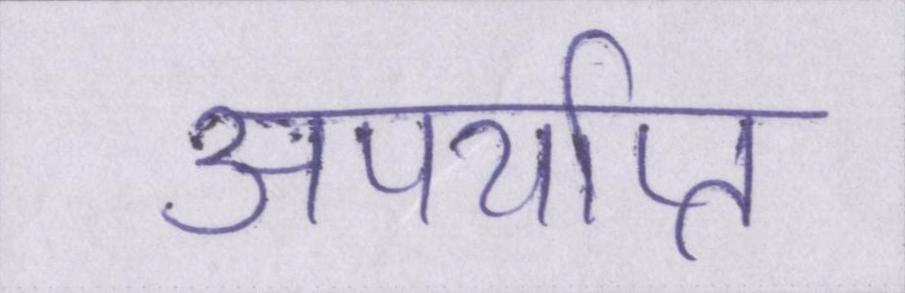
अपर्याप्त